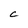
Character: C